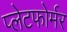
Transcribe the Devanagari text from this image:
प्लेटफोर्मर